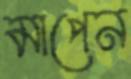
মাপেন